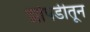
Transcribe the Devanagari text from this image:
झोपडीतून